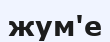
жум'е